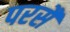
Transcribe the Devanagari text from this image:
परसै